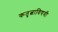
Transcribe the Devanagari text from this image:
कतृत्वाविषयी